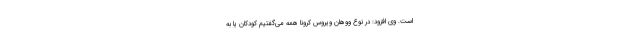
است. وی افزود: در نوع ووهان ویروس کرونا همه می‌گفتیم کودکان یا به